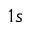
1 s